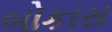
બોકાસ